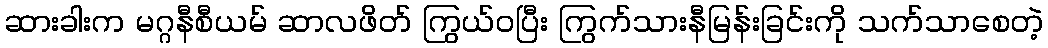
ဆားခါးက မဂ္ဂနီစီယမ် ဆာလဖိတ် ကြွယ်ဝပြီး ကြွက်သားနီမြန်းခြင်းကို သက်သာစေတဲ့